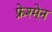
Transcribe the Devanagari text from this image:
फ्रेश्मे्न